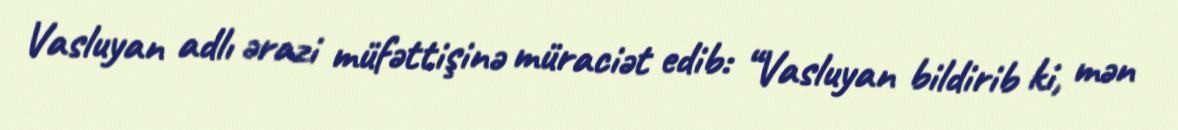
Vasluyan adlı ərazi müfəttişinə müraciət edib: “Vasluyan bildirib ki, mən